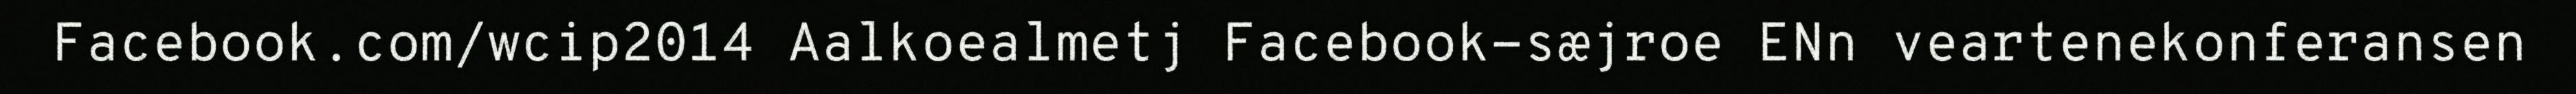
Facebook.com/wcip2014 Aalkoealmetj Facebook-sæjroe ENn veartenekonferansen